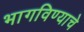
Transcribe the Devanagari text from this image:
भागविण्याचे